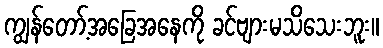
ကျွန်တော့်အခြေအနေကို ခင်ဗျားမသိသေးဘူး။